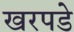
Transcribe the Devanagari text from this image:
खरपडे